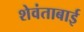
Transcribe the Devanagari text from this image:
शेवंताबाई